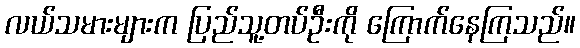
လယ်သမားများက ပြည်သူ့တပ်ဦးကို ကြောက်နေကြသည်။